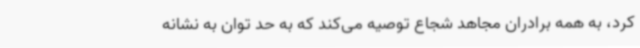
کرد، به همه برادران مجاهد شجاع توصیه می‌کند که به حد توان به نشانه